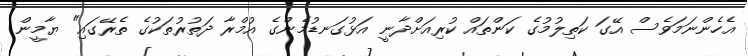
އެހެންނަމަވެސް އޭގަ ކަތިލުމުގެ ކަންތައް ކުރިއަށްދާނީ އަޅުގަނޑުމެންގެ އުމްރާ ދަތުރުތަކުގެ ތެރޭގައި" ޔާމީން